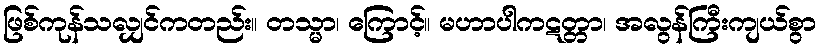
ဖြစ်ကုန်သလျှင်ကတည်း။ တသ္မာ၊ ကြောင့်။ မဟာပါကဋတ္တာ၊ အလွန်ကြီးကျယ်စွာ